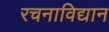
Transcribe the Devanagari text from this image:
रचनाविद्यान